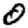
Digit: 0